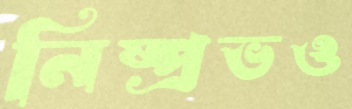
নিষ্প্রভও